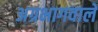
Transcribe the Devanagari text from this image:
अग्रभागवाले